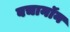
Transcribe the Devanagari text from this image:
बचानॉन